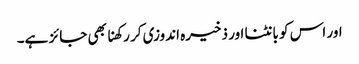
اور اس کو بانٹنا اور ذخیرہ اندوزی کر رکھنا بھی جائز ہے۔